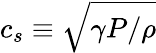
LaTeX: c_{s}\equiv\sqrt{\gamma P/\rho}